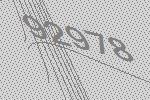
92978